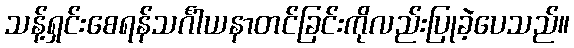
သန့်ရှင်းစေရန်သင်္ဂါယနာတင်ခြင်းကိုလည်းပြုခဲ့ပေသည်။